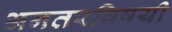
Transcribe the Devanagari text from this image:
अनतरविषयी